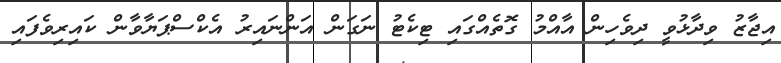
އިޖާޒު ވިދާޅުވީ ދިވެހިން އާއްމު ގޮތެއްގައި ޓިކެޓު ނަގަން އަންނައިރު އެކްސްޕަޔާވާން ކައިރިވެފައި